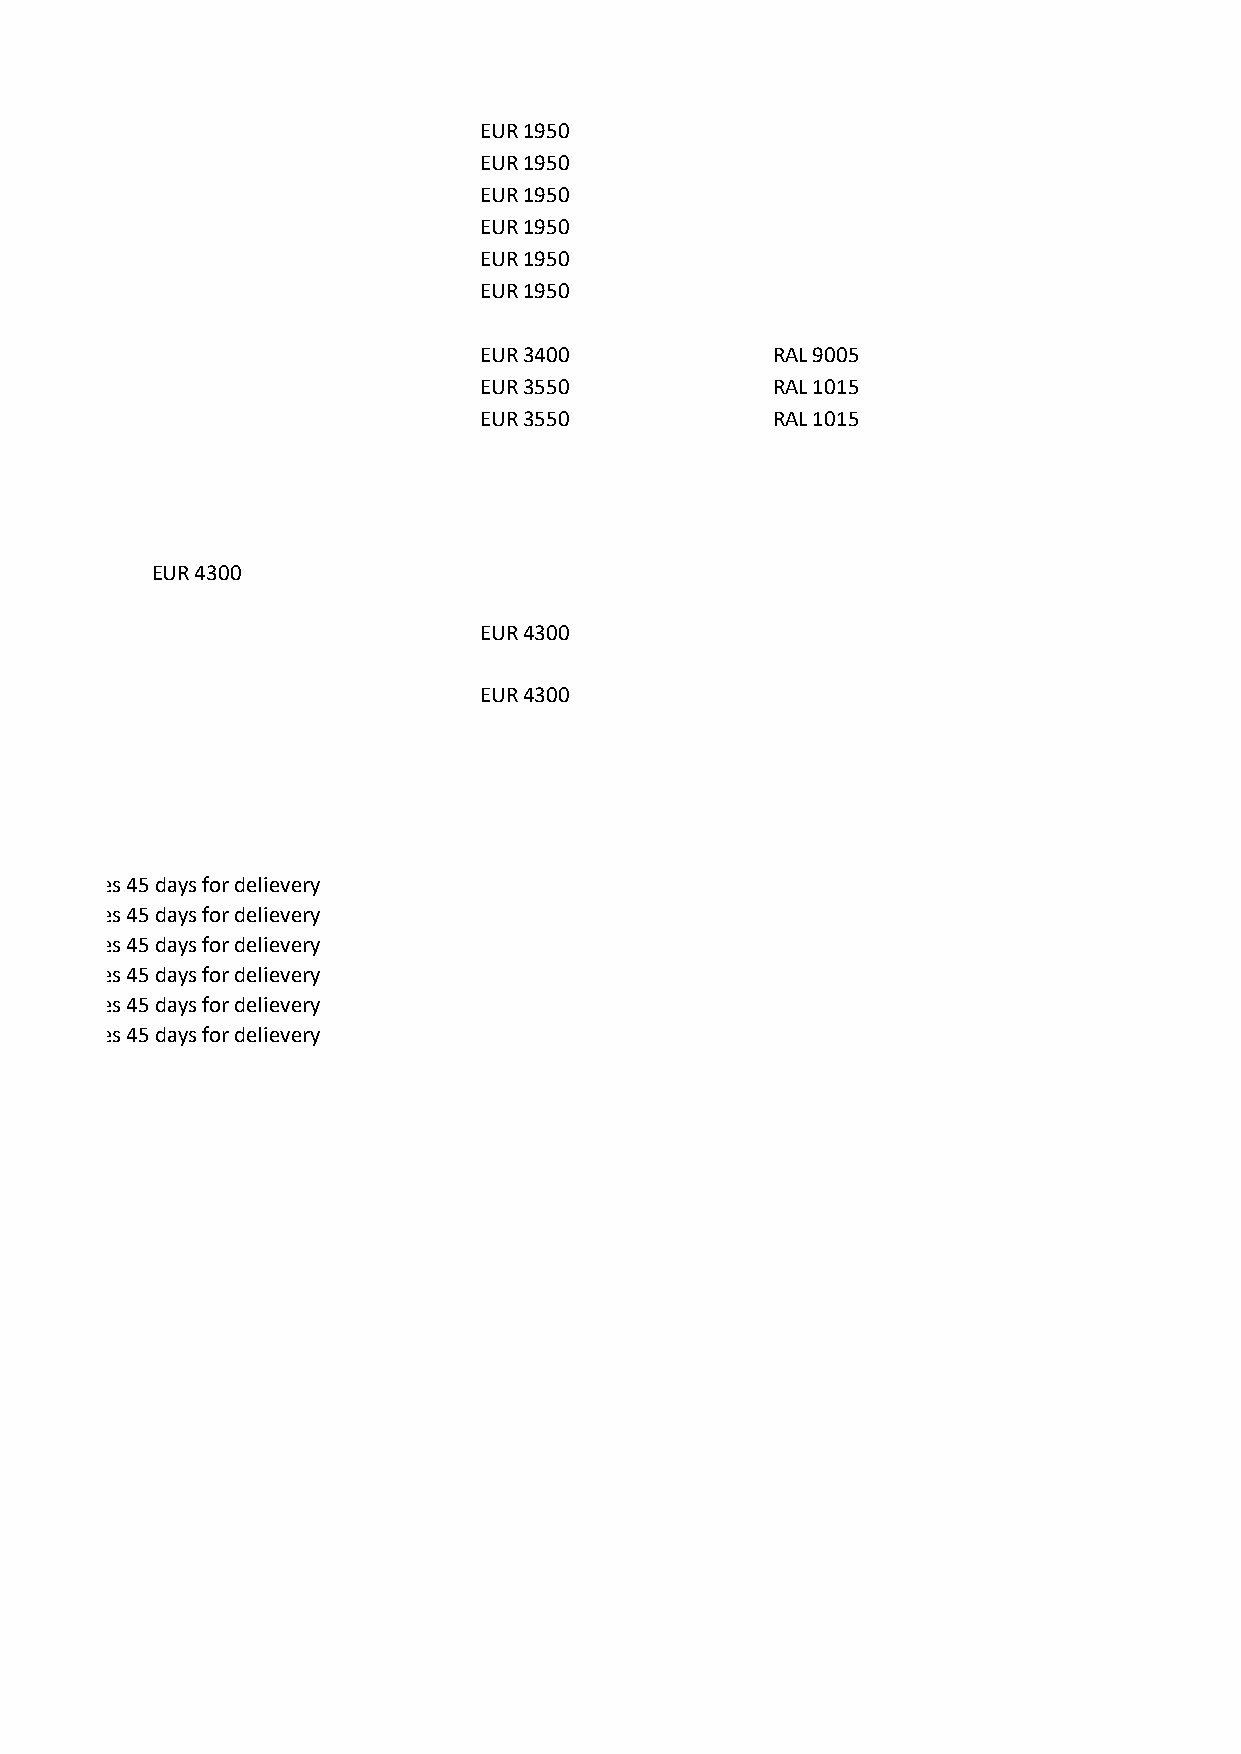
EUR 1950
 EUR 1950
 EUR 1950
 EUR 1950
 EUR 1950
 EUR 1950
 EUR 3400           RAL 9005
 EUR 3550           RAL 1015
 EUR 3550           RAL 1015
 EUR 4300
 EUR 4300
 EUR 4300
 takes 45 days for delievery
 takes 45 days for delievery
 takes 45 days for delievery
 takes 45 days for delievery
 takes 45 days for delievery
 takes 45 days for delievery